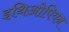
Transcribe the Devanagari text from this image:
इथिओपियन